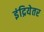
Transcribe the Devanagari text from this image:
इंद्रियेतर